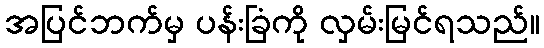
အပြင်ဘက်မှ ပန်းခြံကို လှမ်းမြင်ရသည်။